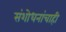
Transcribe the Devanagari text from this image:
संशोधनांचाही